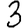
Digit: 3